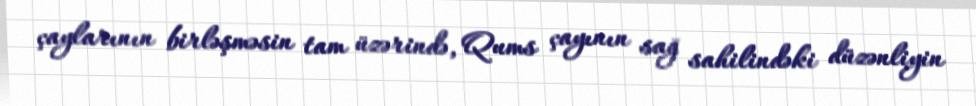
çaylarının birləşməsin tam üzərində, Qums çayının sağ sahilindəki düzənliyin